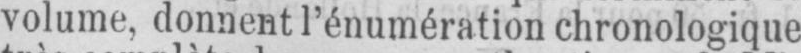
volume, donnent l’énumération chronologique